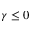
\gamma \le 0